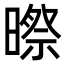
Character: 暩